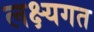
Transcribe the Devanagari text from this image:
लक्ष्यगत